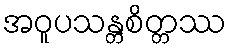
အဝူပသန္တစိတ္တဿ